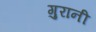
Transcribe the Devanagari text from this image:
गुरानी